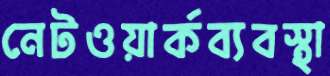
নেটওয়ার্কব্যবস্থা